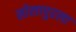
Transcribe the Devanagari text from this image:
सोलापुरला